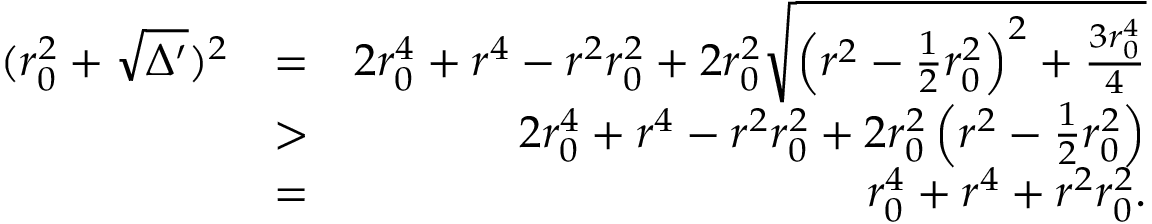
\begin{array} { r l r } { ( r _ { 0 } ^ { 2 } + \sqrt { \Delta ^ { \prime } } ) ^ { 2 } } & { = } & { 2 r _ { 0 } ^ { 4 } + r ^ { 4 } - r ^ { 2 } r _ { 0 } ^ { 2 } + 2 r _ { 0 } ^ { 2 } \sqrt { \left( r ^ { 2 } - \frac { 1 } { 2 } r _ { 0 } ^ { 2 } \right) ^ { 2 } + \frac { 3 r _ { 0 } ^ { 4 } } { 4 } } } \\ & { > } & { 2 r _ { 0 } ^ { 4 } + r ^ { 4 } - r ^ { 2 } r _ { 0 } ^ { 2 } + 2 r _ { 0 } ^ { 2 } \left( r ^ { 2 } - \frac { 1 } { 2 } r _ { 0 } ^ { 2 } \right) } \\ & { = } & { r _ { 0 } ^ { 4 } + r ^ { 4 } + r ^ { 2 } r _ { 0 } ^ { 2 } . } \end{array}